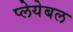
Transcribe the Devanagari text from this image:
प्लेयेबल